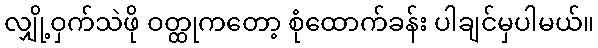
လျှို့ဝှက်သဲဖို ဝတ္ထုကတော့ စုံထောက်ခန်း ပါချင်မှပါမယ်။